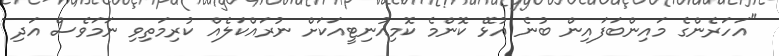
"އަހަރެންގެ މައިންބަފައިން ބުނެ އުޅޭ ކޮންމެ ކޮމިއުނިޓީއަކަށް ނުރައްކަލެއް ކުރިމަތިވި ނަމަވެސް އަދި